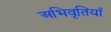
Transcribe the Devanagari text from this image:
अभिवृतियाँ